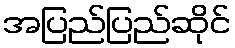
အပြည်ပြည်ဆိုင်